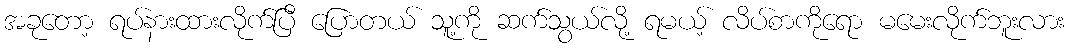
အခုတော့ ရပ်နားထားလိုက်ပြီ ပြောတယ် သူ့ကို ဆက်သွယ်လို့ ရမယ့် လိပ်စာကိုရော မမေးလိုက်ဘူးလား